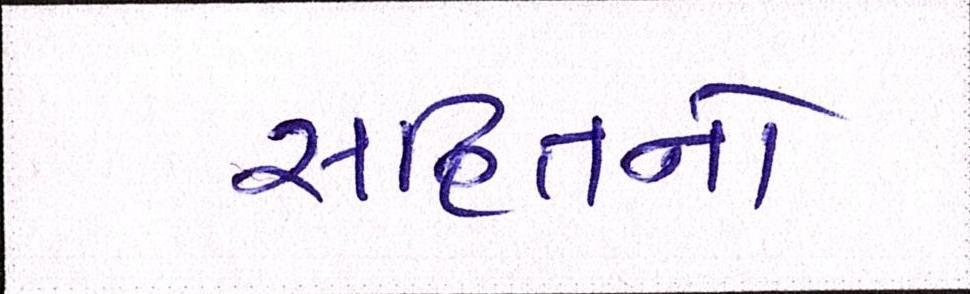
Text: સહિતનો